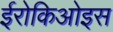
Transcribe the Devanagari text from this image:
ईरोकिओइस